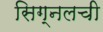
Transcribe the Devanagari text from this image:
सिग्नलची